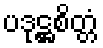
ပဒုဋ္ဌစိတ္တံ